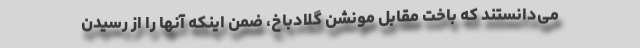
می‌دانستند که باخت مقابل مونشن گلادباخ، ضمن اینکه آنها را از رسیدن